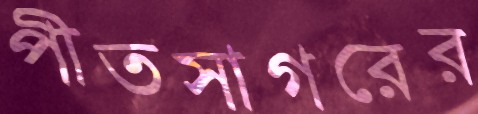
পীতসাগরের